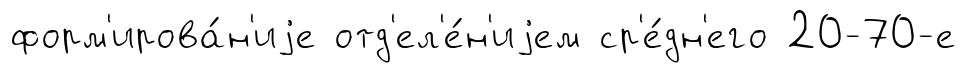
форм'ирова́н'иjе отд'ел'е́н'иjем ср'е́дн'его 20-70-е